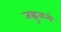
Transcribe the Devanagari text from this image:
जह्नुकन्ये